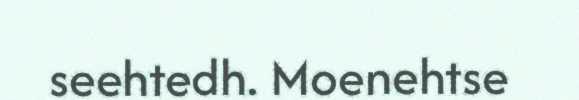
seehtedh. Moenehtse